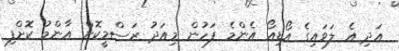
އަދި އެ ލަވައިގެ އޯޑިއޯ އެންމެ ފަހުން މިއަދު ރަސްމީކޮށް އާންމު ކޮށްފި